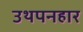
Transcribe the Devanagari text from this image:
उथपनहार